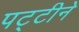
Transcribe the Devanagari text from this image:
पट्टीने